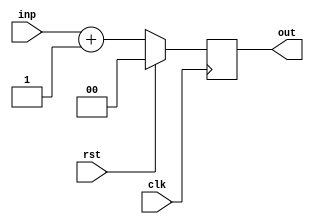
module attrib03_bar(clk, rst, inp, out);

  (* bus_width *)
  parameter WIDTH = 2;

  (* an_attribute_on_localparam = 55 *)
  localparam INCREMENT = 5;

  input  wire clk;
  input  wire rst;
  input  wire [WIDTH-1:0] inp;
  output reg  [WIDTH-1:0] out;

  always @(posedge clk)
    if (rst) out <= 0;
    else     out <= inp + INCREMENT;

endmodule

module attrib03_foo(clk, rst, inp, out);
  input  wire clk;
  input  wire rst;
  input  wire [7:0] inp;
  output wire [7:0] out;

  attrib03_bar # (.WIDTH(8)) bar_instance (clk, rst, inp, out);
endmodule